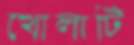
খোলাটি